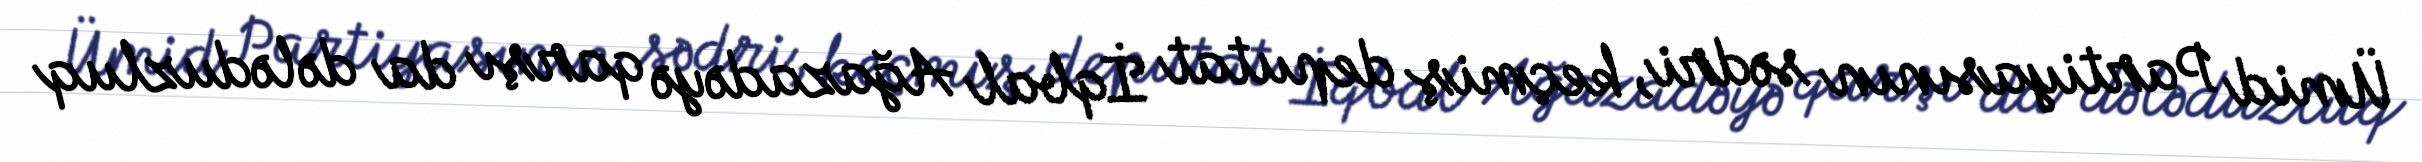
Ümid Partiyasının sədri, keçmiş deputat İqbal Ağazadəyə qarşı da dələduzluq